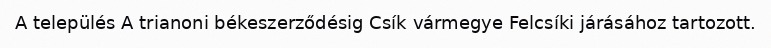
A település A trianoni békeszerződésig Csík vármegye Felcsíki járásához tartozott.